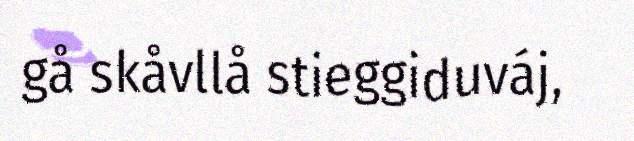
gå skåvllå stieggiduváj,